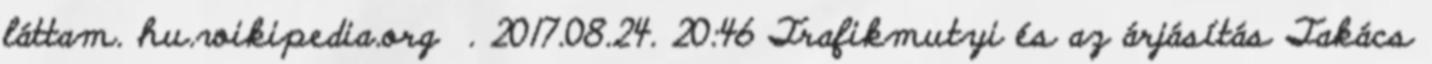
láttam. hu.wikipedia.org . 2017.08.24. 20:46 Trafikmutyi és az árjásítás Takács